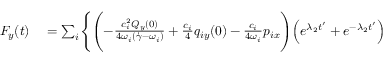
\begin{array} { r l } { F _ { y } ( t ) } & { { } = \sum _ { i } \Biggl \{ \Biggl ( - \frac { c _ { i } ^ { 2 } Q _ { y } ( 0 ) } { 4 \omega _ { i } ( \dot { \gamma } - \omega _ { i } ) } + \frac { c _ { i } } { 4 } q _ { i y } ( 0 ) - \frac { c _ { i } } { 4 \omega _ { i } } p _ { i x } \Biggr ) \Bigl ( e ^ { \lambda _ { 2 } t ^ { \prime } } + e ^ { - \lambda _ { 2 } t ^ { \prime } } \Bigr ) } \end{array}